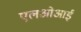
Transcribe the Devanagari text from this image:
एलओआई